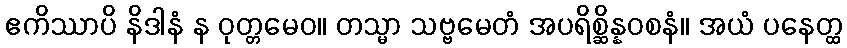
ဧကိဿာပိ နိဒါနံ န ဝုတ္တမေဝ။ တသ္မာ သဗ္ဗမေတံ အပရိစ္ဆိန္နဝစနံ။ အယံ ပနေတ္ထ